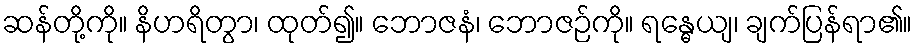
ဆန်တို့ကို။ နိဟရိတွာ၊ ထုတ်၍။ ဘောဇနံ၊ ဘောဇဉ်ကို။ ရန္ဓေယျ၊ ချက်ပြန်ရာ၏။